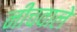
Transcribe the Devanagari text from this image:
नीचवाले